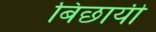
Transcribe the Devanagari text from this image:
बिछायी